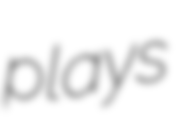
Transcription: plays